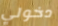
دخولي